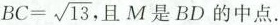
$$BC= \sqrt{13}$$,且M是BD的中点。